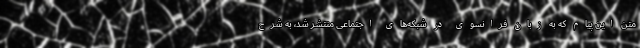
متن این پیام که به زبان فرانسوی در شبکه‌های اجتماعی منتشر شد، به شرح